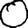
Digit: 0